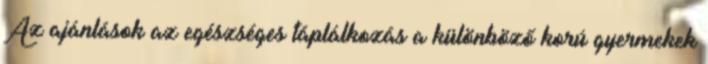
Az ajánlások az egészséges táplálkozás a különböző korú gyermekek